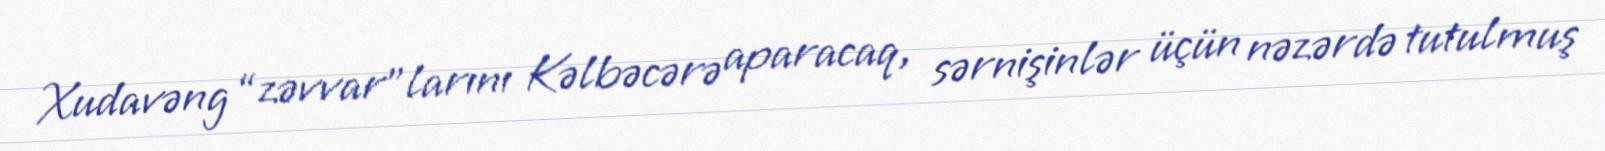
Xudavəng “zəvvar”larını Kəlbəcərə aparacaq, sərnişinlər üçün nəzərdə tutulmuş